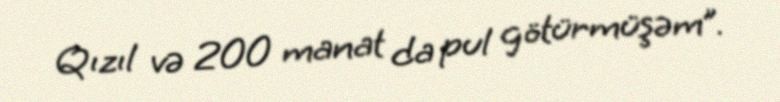
Qızıl və 200 manat da pul götürmüşəm”.